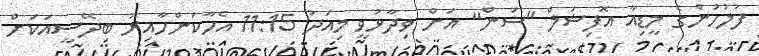
ފުލުހުންގެ މީޑިއާ އޮފިޝަލް "ސަން" އަށް ވިދާޅުވީ މިއަދު 11:15 އެހާކަންހާއިރު ބިދޭސީއަކަށް